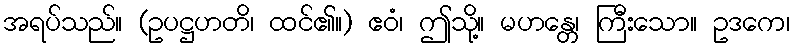
အရပ်သည်။ (ဥပဋ္ဌဟတိ၊ ထင်၏။) ဧဝံ၊ ဤသို့။ မဟန္တေ၊ ကြီးသော။ ဥဒကေ၊